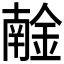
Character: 𨩧